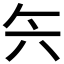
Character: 𰃞